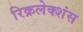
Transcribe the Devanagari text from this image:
रिक्रलेक्शंस